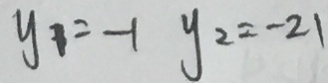
y _ { 1 } = - 1 y _ { 2 } = - 2 1